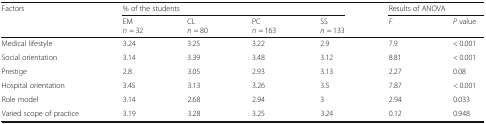
<table><thead><tr><td rowspan="2"><b>Factors</b></td><td colspan="4"><b>% of the students</b></td><td colspan="2"><b>Results of ANOVA</b></td></tr><tr><td><b>EM<i>n</i> = 32</b></td><td><b>CL<i>n</i> = 80</b></td><td><b>PC<i>n</i> = 163</b></td><td><b>SS<i>n</i> = 133</b></td><td><b><i>F</i></b></td><td><b><i>P</i> value</b></td></tr></thead><tbody><tr><td>Medical lifestyle</td><td>3.24</td><td>3.25</td><td>3.22</td><td>2.9</td><td>7.9</td><td>&lt; 0.001</td></tr><tr><td>Social orientation</td><td>3.14</td><td>3.39</td><td>3.48</td><td>3.12</td><td>8.81</td><td>&lt; 0.001</td></tr><tr><td>Prestige</td><td>2.8</td><td>3.05</td><td>2.93</td><td>3.13</td><td>2.27</td><td>0.08</td></tr><tr><td>Hospital orientation</td><td>3.45</td><td>3.13</td><td>3.26</td><td>3.5</td><td>7.87</td><td>&lt; 0.001</td></tr><tr><td>Role model</td><td>3.14</td><td>2.68</td><td>2.94</td><td>3</td><td>2.94</td><td>0.033</td></tr><tr><td>Varied scope of practice</td><td>3.19</td><td>3.28</td><td>3.25</td><td>3.24</td><td>0.12</td><td>0.948</td></tr></tbody></table>